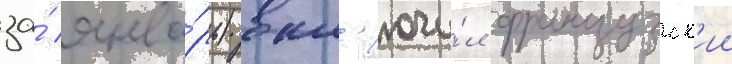
за́ янва́рь) вкл'ючи́л французск'ии